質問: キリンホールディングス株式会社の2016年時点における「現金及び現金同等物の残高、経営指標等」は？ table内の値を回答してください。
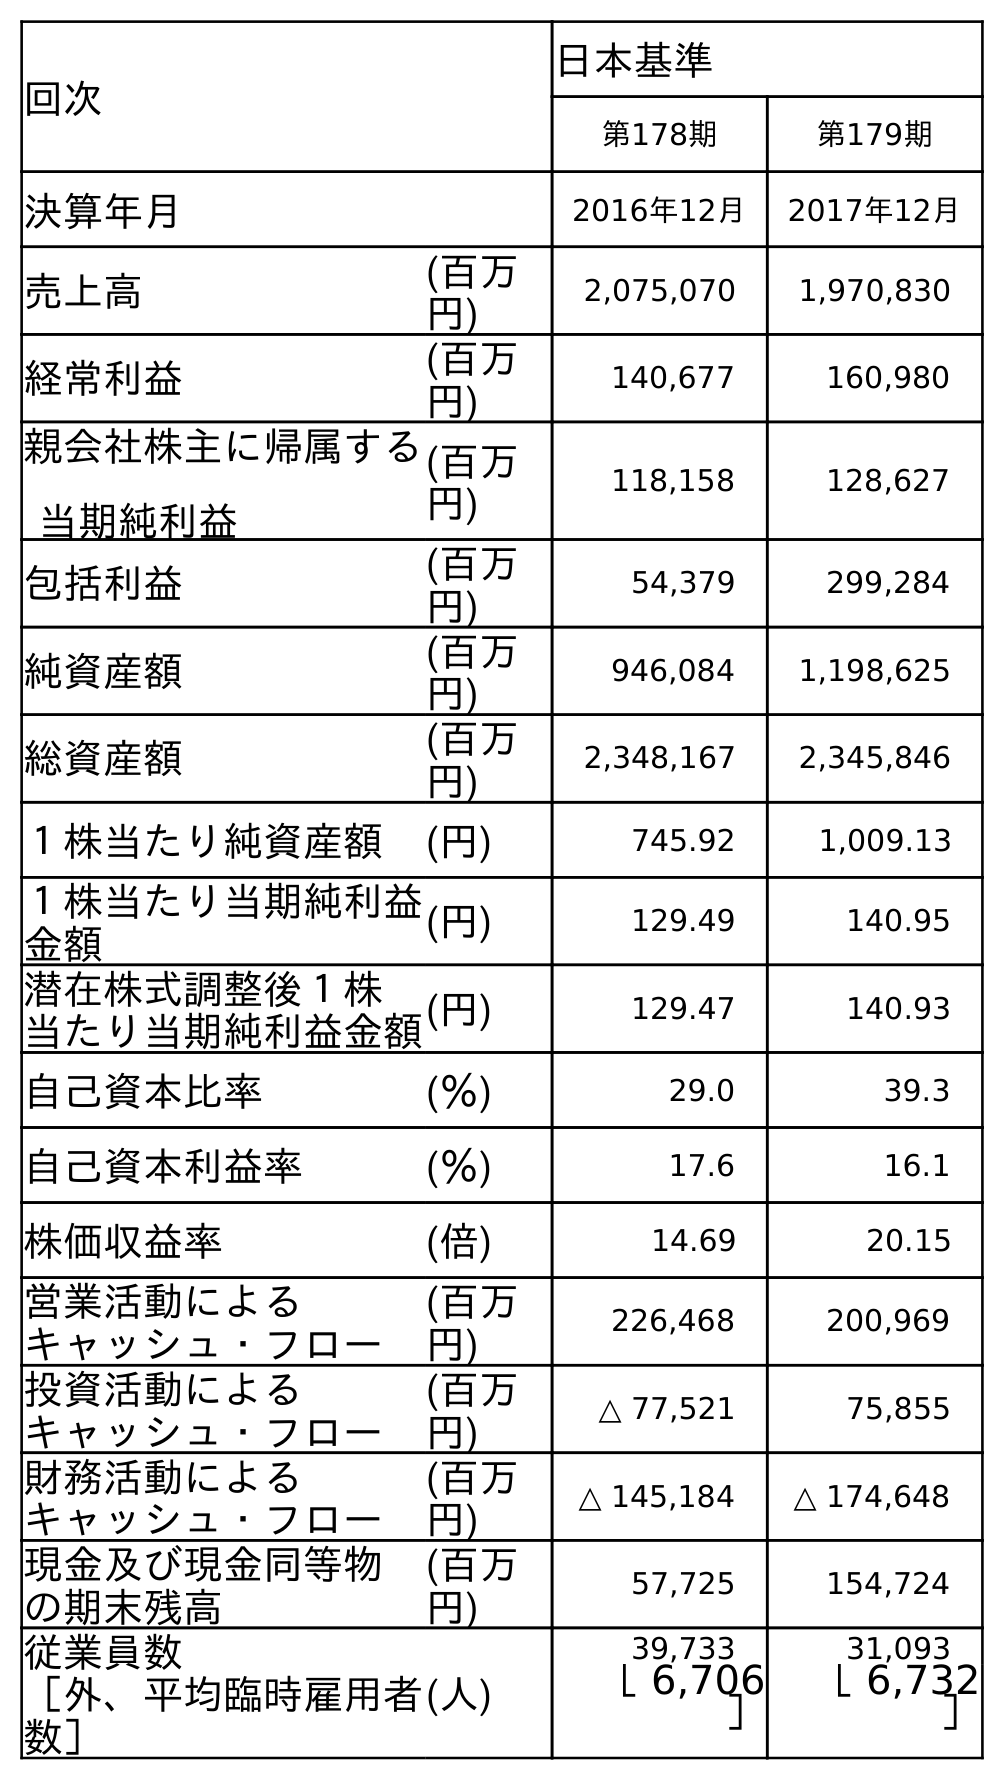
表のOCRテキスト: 回次 日本基準 第178期 第179期 決算年月 2016年12月 2017年12月 売上高 (百万 円) 2,075,070 1,970,830 経常利益 (百万 円) 140,677 160,980 親会社株主に帰属する 当期純利益 (百万 円) 118,158 128,627 包括利益 (百万 円) 54,379 299,284 純資産額 (百万 円) 946,084 1,198,625 総資産額 (百万 円) 2,348,167 2,345,846 １株当たり純資産額 (円) 745.92 1,009.13 １株当たり当期純利益 金額 (円) 129.49 140.95 潜在株式調整後１株 当たり当期純利益金額(円) 129.47 140.93 自己資本比率 (％) 29.0 39.3 自己資本利益率 (％) 17.6 16.1 株価収益率 (倍) 14.69 20.15 営業活動による キャッシュ・フロー (百万 円) 226,468 200,969 投資活動による キャッシュ・フロー (百万 円) △ 77,521 75,855 財務活動による キャッシュ・フロー (百万 円) △ 145,184 △ 174,648 現金及び現金同等物 の期末残高 (百万 円) 57,725 154,724 従業員数 ［外、平均臨時雇用者 数］ (人) 39,733 31,093 ［ 6,706 ］ ［ 6,732 ］
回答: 57,725